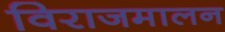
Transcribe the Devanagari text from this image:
विराजमालन